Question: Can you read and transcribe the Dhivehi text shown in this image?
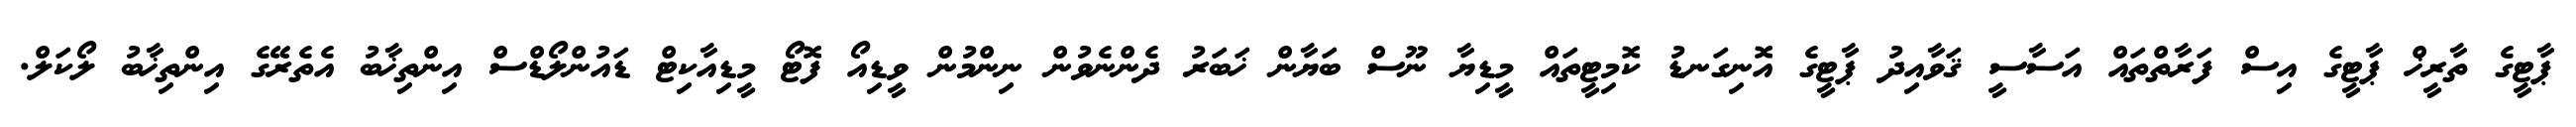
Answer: ޕާޓީގެ ތާރީޚް ޕާޓީގެ އިސް ފަރާތްތައް އަސާސީ ޤަވާއިދު ޕާޓީގެ އޮނިގަނޑު ކޮމިޓީތައް މީޑިޔާ ނޫސް ބަޔާން ޚަބަރު ދެންނެވުން ނިންމުން ވީޑިއޯ ފޮޓޯ މީޑިއާކިޓް ޑައުންލޯޑްސް އިންތިޚާބު އެތެރޭގެ އިންތިޚާބު ލޯކަލް.